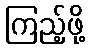
ကြည့်ဖို့